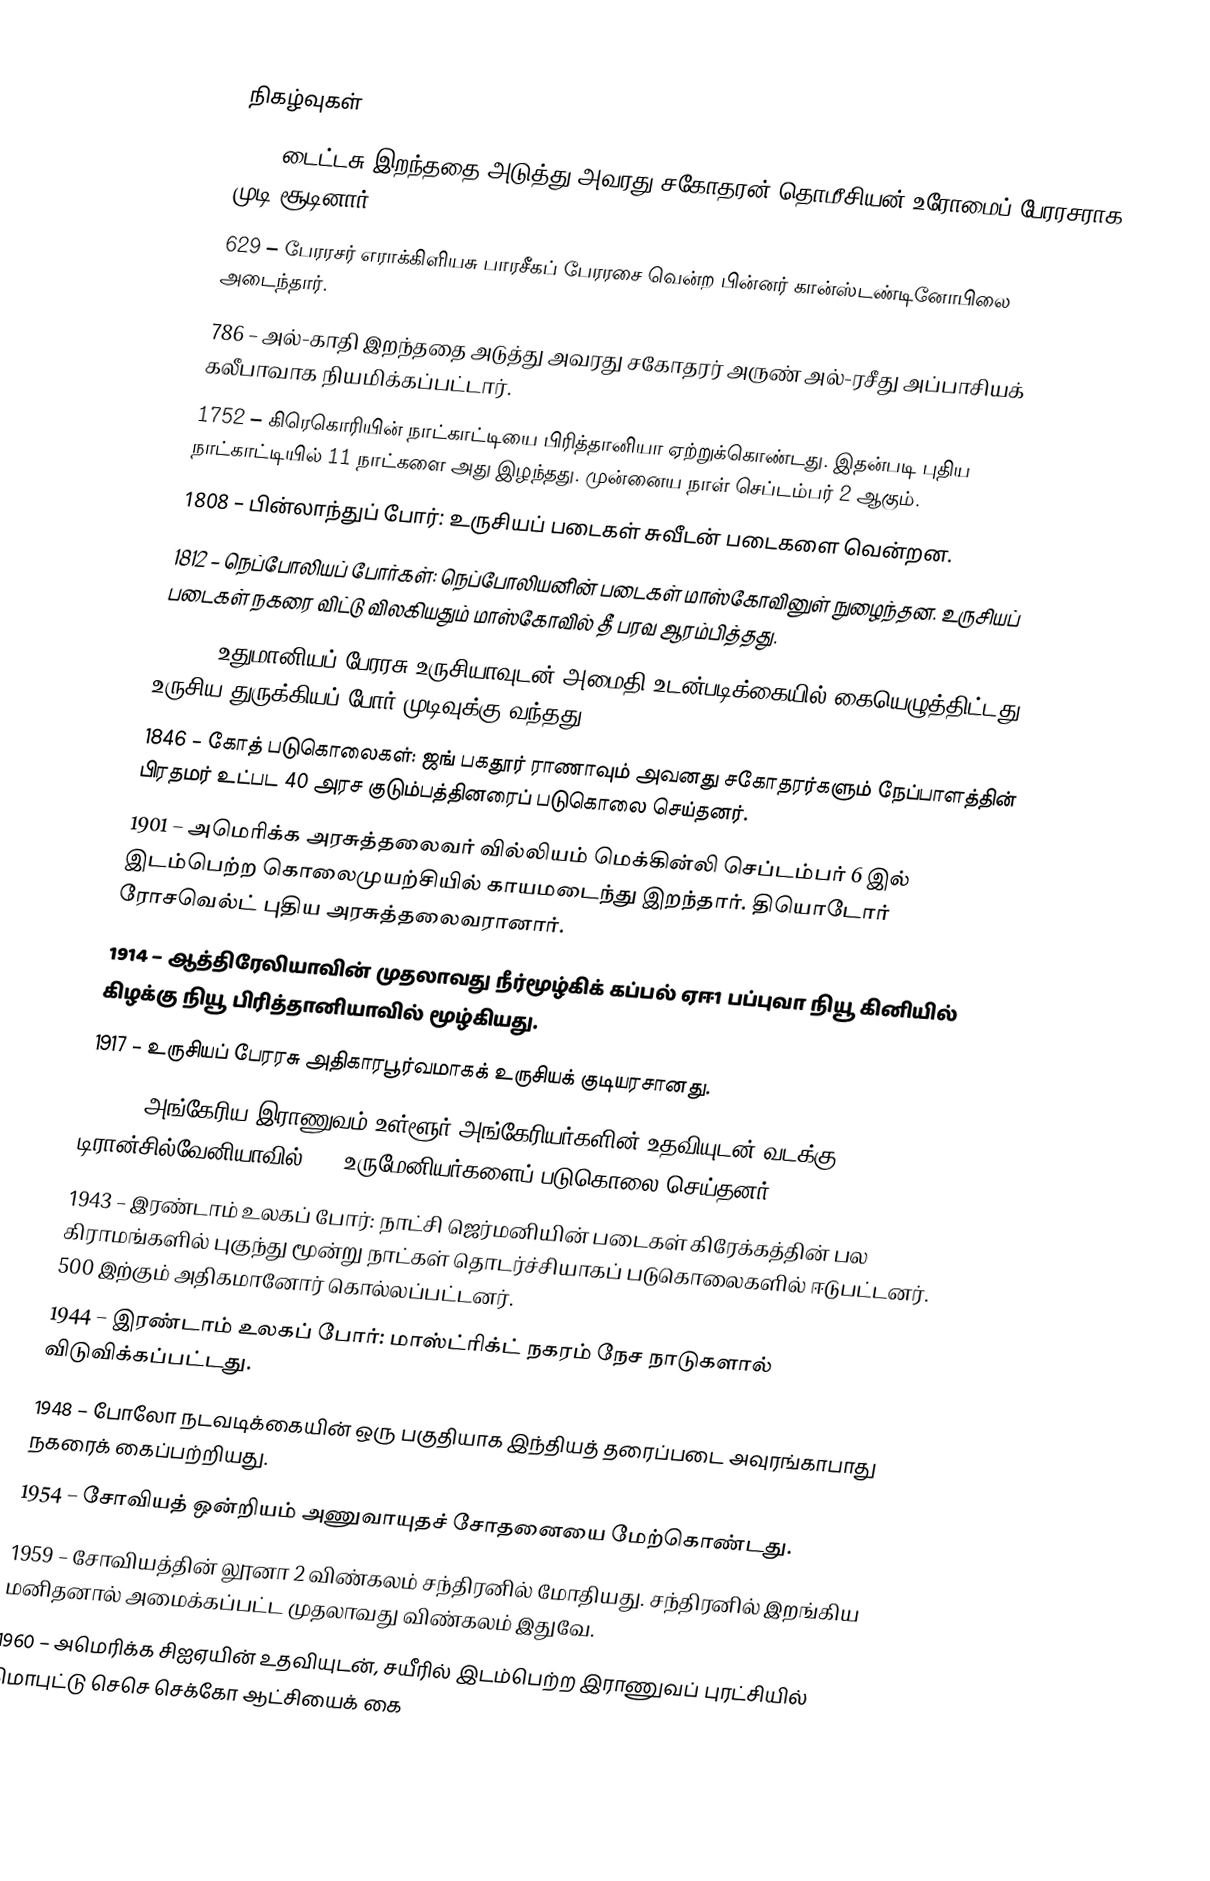

நிகழ்வுகள்
81 – டைட்டசு இறந்ததை அடுத்து அவரது சகோதரன் தொமீசியன் உரோமைப் பேரரசராக முடி சூடினார்.
629 – பேரரசர் எராக்கிளியசு பாரசீகப் பேரரசை வென்ற பின்னர் கான்ஸ்டண்டினோபிலை அடைந்தார்.
786 – அல்-காதி இறந்ததை அடுத்து அவரது சகோதரர் அருண் அல்-ரசீது அப்பாசியக் கலீபாவாக நியமிக்கப்பட்டார்.
1752 – கிரெகொரியின் நாட்காட்டியை பிரித்தானியா ஏற்றுக்கொண்டது. இதன்படி புதிய நாட்காட்டியில் 11 நாட்களை அது இழந்தது. முன்னைய நாள் செப்டம்பர் 2 ஆகும்.
1808 – பின்லாந்துப் போர்: உருசியப் படைகள் சுவீடன் படைகளை வென்றன.
1812 – நெப்போலியப் போர்கள்: நெப்போலியனின் படைகள் மாஸ்கோவினுள் நுழைந்தன. உருசியப் படைகள் நகரை விட்டு விலகியதும் மாஸ்கோவில் தீ பரவ ஆரம்பித்தது.
1829 – உதுமானியப் பேரரசு உருசியாவுடன் அமைதி உடன்படிக்கையில் கையெழுத்திட்டது. உருசிய-துருக்கியப் போர் முடிவுக்கு வந்தது.
1846 – கோத் படுகொலைகள்: ஜங் பகதூர் ராணாவும் அவனது சகோதரர்களும் நேப்பாளத்தின் பிரதமர் உட்பட 40 அரச குடும்பத்தினரைப் படுகொலை செய்தனர்.
1901 – அமெரிக்க அரசுத்தலைவர் வில்லியம் மெக்கின்லி செப்டம்பர் 6 இல் இடம்பெற்ற கொலைமுயற்சியில் காயமடைந்து இறந்தார். தியொடோர் ரோசவெல்ட் புதிய அரசுத்தலைவரானார்.
1914 – ஆத்திரேலியாவின் முதலாவது நீர்மூழ்கிக் கப்பல் ஏஈ1 பப்புவா நியூ கினியில் கிழக்கு நியூ பிரித்தானியாவில் மூழ்கியது.
1917 – உருசியப் பேரரசு அதிகாரபூர்வமாகக் உருசியக் குடியரசானது.
1940 – அங்கேரிய இராணுவம் உள்ளூர் அங்கேரியர்களின் உதவியுடன் வடக்கு டிரான்சில்வேனியாவில் 158 உருமேனியர்களைப் படுகொலை செய்தனர்.
1943 – இரண்டாம் உலகப் போர்: நாட்சி ஜெர்மனியின் படைகள் கிரேக்கத்தின் பல கிராமங்களில் புகுந்து மூன்று நாட்கள் தொடர்ச்சியாகப் படுகொலைகளில் ஈடுபட்டனர். 500 இற்கும் அதிகமானோர் கொல்லப்பட்டனர்.
1944 – இரண்டாம் உலகப் போர்: மாஸ்ட்ரிக்ட் நகரம் நேச நாடுகளால் விடுவிக்கப்பட்டது.
1948 – போலோ நடவடிக்கையின் ஒரு பகுதியாக இந்தியத் தரைப்படை அவுரங்காபாது நகரைக் கைப்பற்றியது.
1954 – சோவியத் ஒன்றியம் அணுவாயுதச் சோதனையை மேற்கொண்டது.
1959 – சோவியத்தின் லூனா 2 விண்கலம் சந்திரனில் மோதியது. சந்திரனில் இறங்கிய மனிதனால் அமைக்கப்பட்ட முதலாவது விண்கலம் இதுவே.
1960 – அமெரிக்க சிஐஏயின் உதவியுடன், சயீரில் இடம்பெற்ற இராணுவப் புரட்சியில் மொபுட்டு செசெ செக்கோ ஆட்சியைக் கை